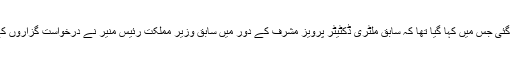
سماعت کے دوران ایک درخواست سپریم کورٹ میں دائر کی گئی جس میں کہا گیا تھا کہ سابق ملٹری ڈکٹیٹر پرویز مشرف کے دور میں سابق وزیر مملکت رئیس منیر نے درخواست گُزاروں کے نام پر بینک آف پنجاب سے بارہ کروڑ روپے کا قرضہ لیا۔